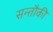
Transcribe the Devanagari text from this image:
सन्तौकी